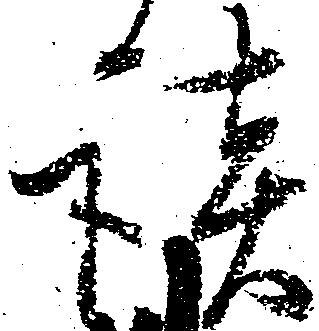
談